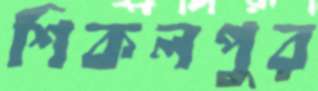
শিকলপুর